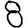
Digit: 8